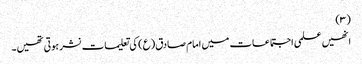
(۳)
انھیں علمی اجتماعات میں امام صادق(ع) کی تعلیمات نشر ہوتی تھیں۔